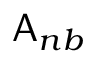
\mathsf { A } _ { n b }